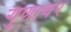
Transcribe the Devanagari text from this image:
गुणावर